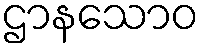
ဌာနသောဝ